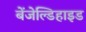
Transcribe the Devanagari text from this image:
बेंजेल्डिहाइड